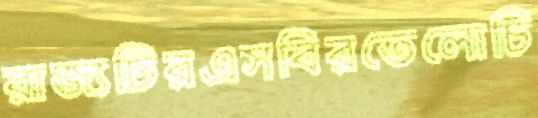
রাজ্যটিরএসবিরতেলোচি